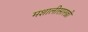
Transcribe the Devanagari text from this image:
मशालीसारखी